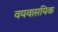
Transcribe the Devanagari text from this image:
वयवासयिक